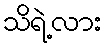
သိရဲ့လား